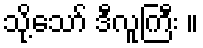
သို့သော် ဒီလူကြီး ။